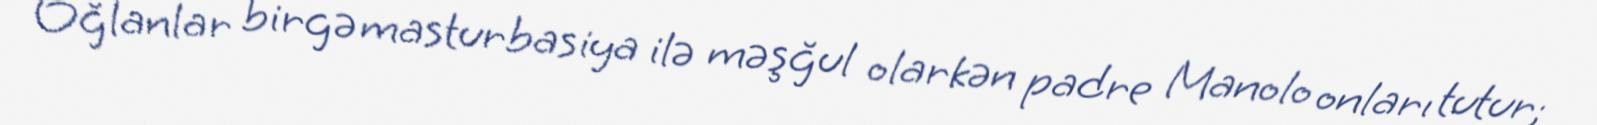
Oğlanlar birgə masturbasiya ilə məşğul olarkən padre Manolo onları tutur;